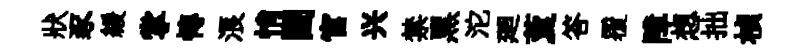
狀豕緩掌慱浪悄闉官兴禁黑沱廻藑答覆障想拙楨